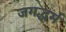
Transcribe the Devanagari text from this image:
जगद्धर्म